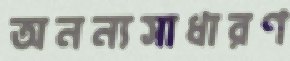
অনন্যসাধারণ